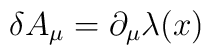
\delta A_{\mu} = \partial_{\mu} \lambda (x)